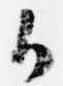
御